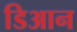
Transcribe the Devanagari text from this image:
डिआन